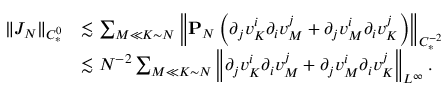
\begin{array} { r l } { \| J _ { N } \| _ { C _ { * } ^ { 0 } } } & { \lesssim \sum _ { M \ll K \sim N } \left\| \mathbf { P } _ { N } \left( \partial _ { j } v _ { K } ^ { i } \partial _ { i } v _ { M } ^ { j } + \partial _ { j } v _ { M } ^ { i } \partial _ { i } v _ { K } ^ { j } \right) \right\| _ { C _ { * } ^ { - 2 } } } \\ & { \lesssim N ^ { - 2 } \sum _ { M \ll K \sim N } \left\| \partial _ { j } v _ { K } ^ { i } \partial _ { i } v _ { M } ^ { j } + \partial _ { j } v _ { M } ^ { i } \partial _ { i } v _ { K } ^ { j } \right\| _ { L ^ { \infty } } . } \end{array}